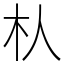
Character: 朲